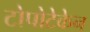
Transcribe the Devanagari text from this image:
टोपोटेकेन